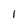
Character: I